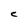
Character: C